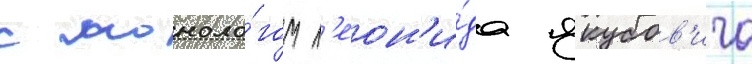
с моноло́гом л'еон'и́да якубов'ича